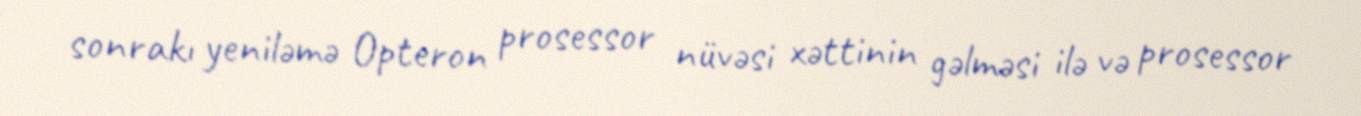
sonrakı yeniləmə Opteron prosessor nüvəsi xəttinin gəlməsi ilə və prosessor